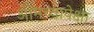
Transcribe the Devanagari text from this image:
आमच्यापेक्षा